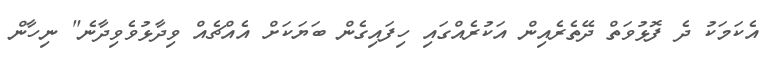
އެކަމަކު ދެ ފޮޅުވަތް ދޭތެރެއިން އަކުރެއްގައި ހިފައިގެން ބަޔަކަށް އެއްޗެއް ވިދާޅުވެވިދާނެ" ނިހާން